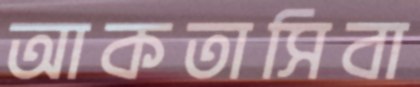
আকতাসিবা